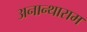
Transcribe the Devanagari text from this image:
अनान्थाराम